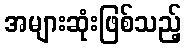
အများဆုံးဖြစ်သည့်